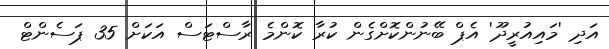
އަދި 'މައިއުރީދޫ' އެޕް ބޭނުންކޮށްގެން ކުރާ ކޮންމެ ރާސްޓަސް އަކަށް 35 ޕަސެންޓް